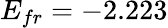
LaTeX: E_{fr}=-2.223